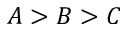
A > B > C